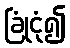
ခြုံငုံ၍